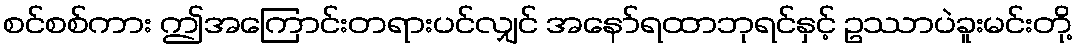
စင်စစ်ကား ဤအကြောင်းတရားပင်လျှင် အနော်ရထာဘုရင်နှင့် ဥဿာပဲခူးမင်းတို့